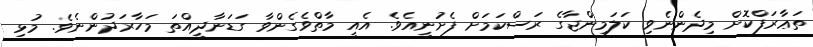
ތަޢާރަފްކޮށް މިދެންނެވި ކަލަމިންޖާގެ ރަސްކަމަށް ފެށުނީއެވެ. އެއީ މާތްވެގެންވާ ގަޑަނާދީއްތަ މަހާރަދުންނެވެ. މުޅި